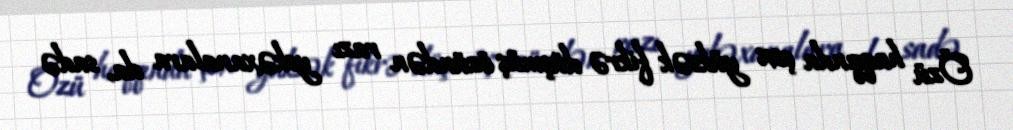
Özü haqqında çox yüksək fikrə düşmüş özündən razı yekəxanalara da, sadə